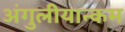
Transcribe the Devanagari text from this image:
अंगुलीयान्कम